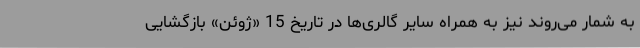
به شمار می‌روند نیز به همراه سایر گالری‌ها در تاریخ 15 «ژوئن» بازگشایی